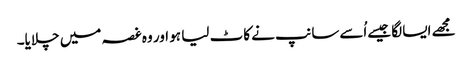
مجھے ایسا لگا جیسےاُسےسانپ نے کاٹ لیا ہو اور وہ غصہ میں چلایا۔